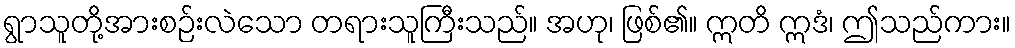
ရွာသူတို့အားစဉ်းလဲသော တရားသူကြီးသည်။ အဟု၊ ဖြစ်၏။ ဣတိ ဣဒံ၊ ဤသည်ကား။